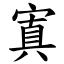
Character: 寘